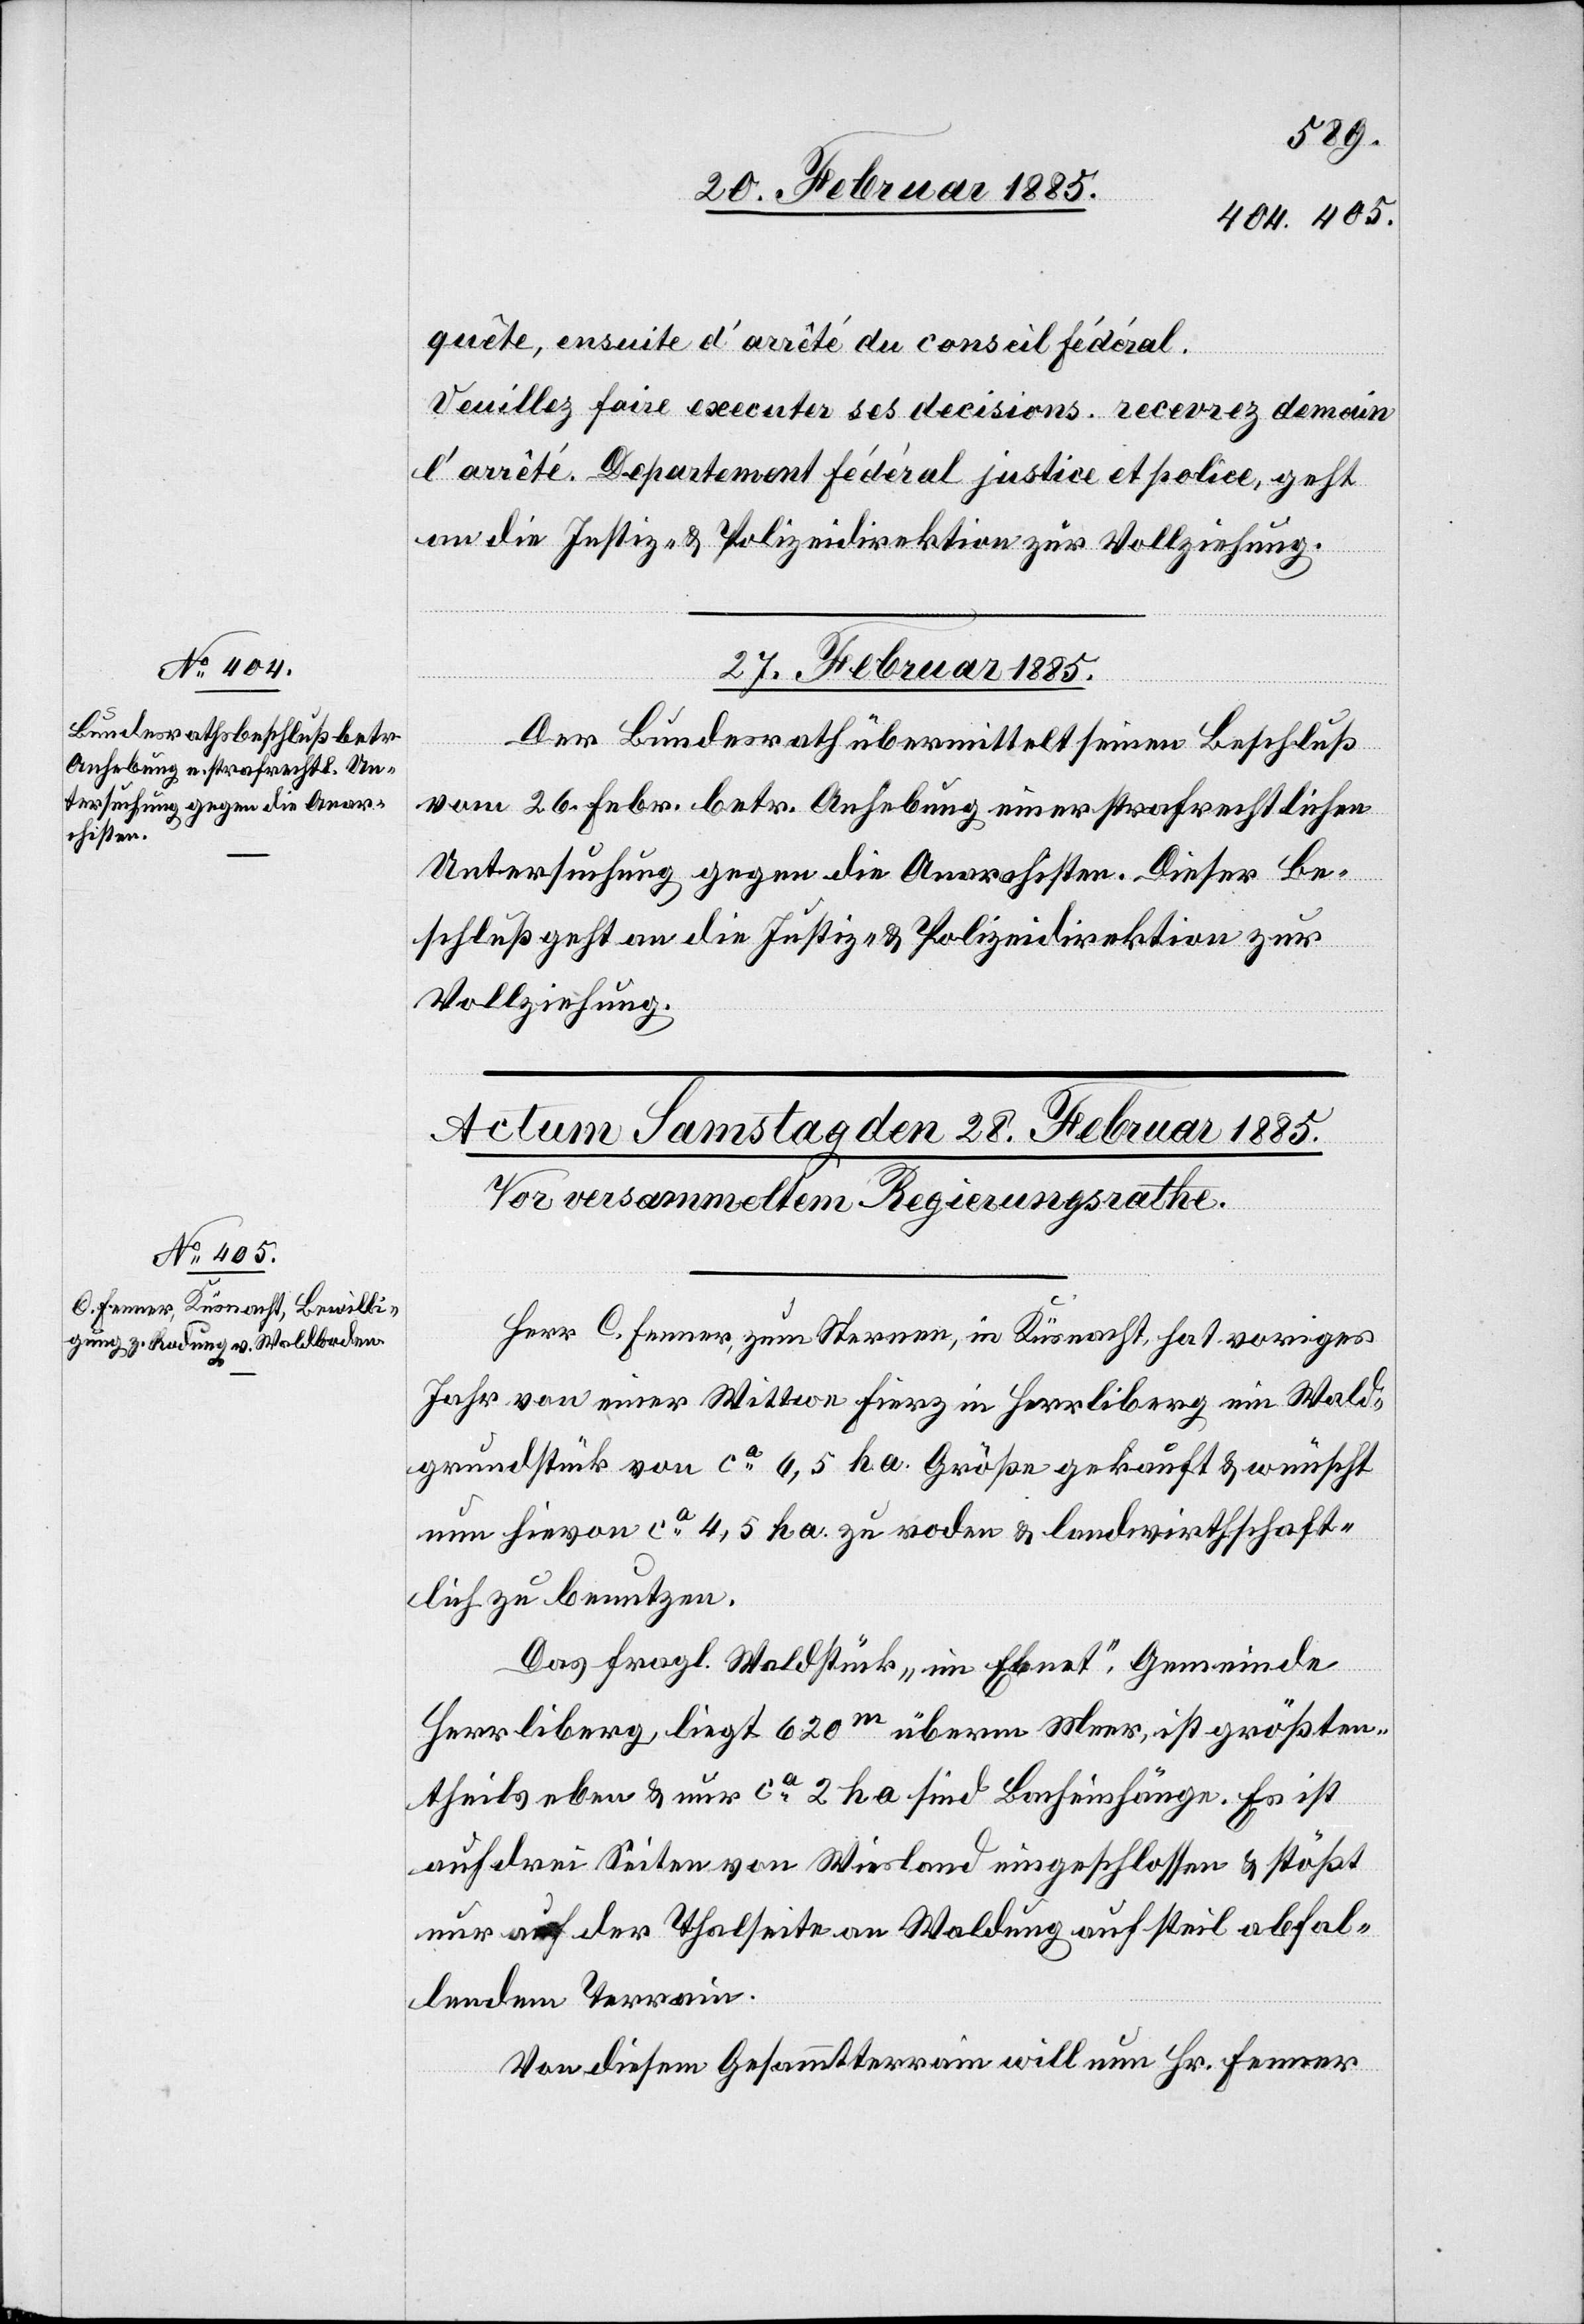
quête, ensuite d’arrète du conseil fédéral.
Veuillez fair executer ses decisions. recevrez demain
l’arrète. Departement fédéral justice et police, geht
an die Justiz- & Polizeidirektion zur Vollziehung
27. Februar 1885.
Der Bundesrath übermittelt seinen Beschluß
vom 26. Febr. betr. Anhebung einer strafrechtlichen
Untersuchung gegen die Anarchisten. Dieser Be¬
schluß geht an die Justiz- & Polizeidirektion zur
Vollziehung.
Herr C. Fenner, zum Sternen, in Küsnacht, hat voriges
Jahr von einer Wittwe Fierz in Herrliberg ein Wald¬
grundstück von ca 6,5 ha. Größe gekauft & wünscht
nun hievon ca 4,5 ha. zu roden & landwirthschaft¬
lich zu benutzen.
Das fragl. Waldstück „im Ebnat“, Gemeinde
Herrliberg, liegt 620m überm Meer, ist größten¬
theils eben & nur ca 2 ha sind Bacheinhänge. Es ist
auf drei Seiten von Wiesland eingeschlossen & stößt
nur auf der Thalseite an Waldung auf steil abfal¬
lendem Terrain.
Von diesem Gesammtterrain will nun Hr. Fenner